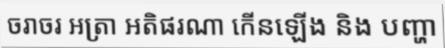
ចរាចរ អត្រា អតិផរណា កើនឡើង និង បញ្ហា